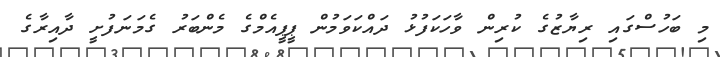
މި ބަހުސްގައި ރިޔާޒުގެ ކުރިން ވާހަކަފުޅު ދައްކަވަމުން ޕީޕީއެމްގެ މެންބަރު ގެމަނަފުށީ ދާއިރާގެ